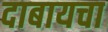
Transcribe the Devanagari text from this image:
दाबायचा